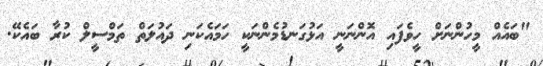
"ބައެއް މީހުންނަށް ހީވެފައި އޮންނަނީ އަޅުގަނޑުމެންނަކީ ހަމައެކަނި ދައުލަތް ތަމްސީލް ކުރާ ބައެކޭ.